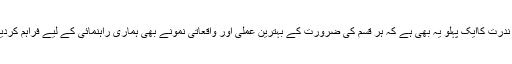
ان دعاؤں میں ندرت کاایک پہلو یہ بھی ہے کہ ہر قسم کی ضرورت کے بہترین عملی اور واقعاتی نمونے بھی ہماری راہنمائی کے لیے فراہم کردیئے گئے ہیں ۔